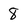
Character: 8